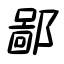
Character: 鄙